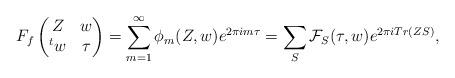
LaTeX: \begin{align*}F_f\begin{pmatrix} Z&w\\ {}^t w&\tau\end{pmatrix}=\sum_{m=1}^\infty \phi_m(Z,w) e^{2\pi i m\tau}=\sum_{S} \mathcal F_S(\tau,w) e^{2\pi i Tr(Z S)},\end{align*}